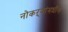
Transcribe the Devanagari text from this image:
नोकऱ्यांमधील